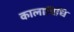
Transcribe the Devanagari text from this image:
कालाविधि